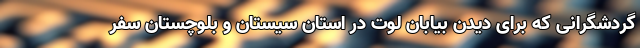
گردشگرانی که برای دیدن بیابان لوت در استان سیستان و بلوچستان سفر